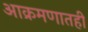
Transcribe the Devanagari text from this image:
आक्रमणातही